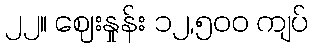
၂၂။ ဈေးနှုန်း ၁၂,၅၀၀ ကျပ်